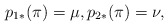
\begin{align*} p_{1*}(\pi)=\mu,p_{2*}(\pi)=\nu,\end{align*}